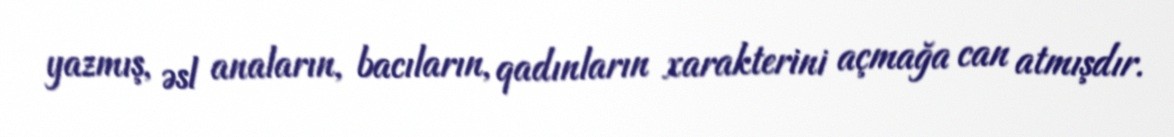
yazmış, əsl anaların, bacıların, qadınların xarakterini açmağa can atmışdır.